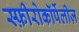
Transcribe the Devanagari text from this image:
स्फ़ीरोकॉर्पेलीज़